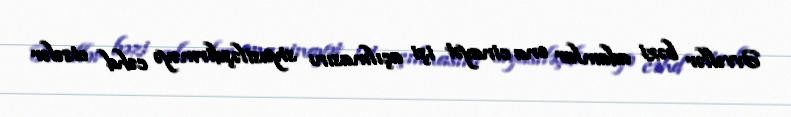
Əvvəllər bəzi adamlar ona cinayət işi açılmasını siyasiləşdirməyə cəhd etsələr